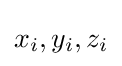
x_{i},y_{i},z_{i}